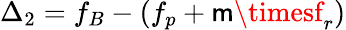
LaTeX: \Delta_{2}=f_{B}-(f_{p}+\mathsf{m}\timesf_{r})